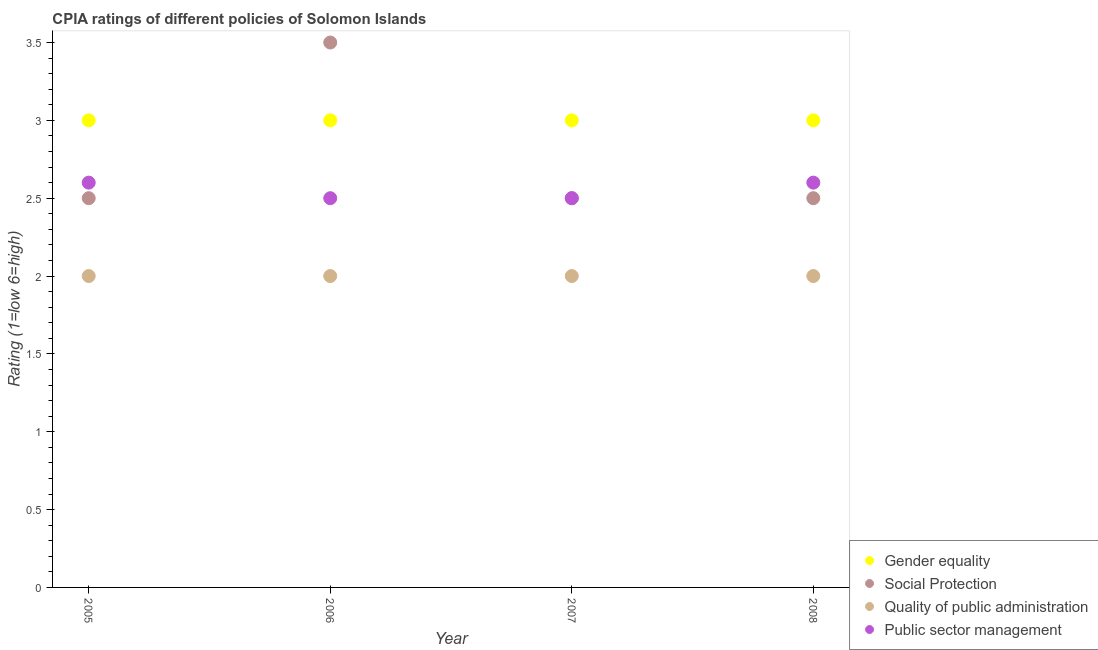
| Year | Gender equality | Social Protection | Quality of public administration | Public sector management |
 | --- | --- | --- | --- | --- |
 | 2005 | 3 | 2.5 | 2 | 2.6 |
 | 2006 | 3 | 3.5 | 2 | 2.5 |
 | 2007 | 3 | 2.5 | 2 | 2.5 |
 | 2008 | 3 | 2.5 | 2 | 2.6 |